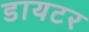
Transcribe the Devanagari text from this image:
डायटर